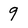
Character: 9